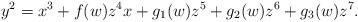
LaTeX: \begin{align*}y^2 = x^3 + f(w)z^4 x + g_1(w)z^5 + g_2(w)z^6 + g_3(w)z^7.\end{align*}